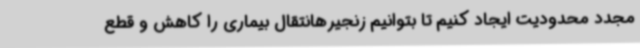
مجدد محدودیت ایجاد کنیم تا بتوانیم زنجیرهانتقال بیماری را کاهش و قطع